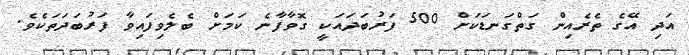
އަދި އޭގެ ތެރެއިން ގަތްގަނޑަކަށް 500 ފަރުބަދައަކީ ގޮވާފާނެ ކަމަށް ބެލެވިފައިވާ ފަރުބަދަތަކެވެ.